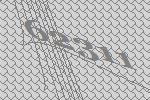
62311